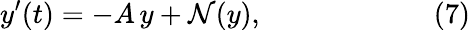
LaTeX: y^{\prime}(t)=-A\, y+{\mathcal{N}}(y),\qquad\qquad\qquad(7)